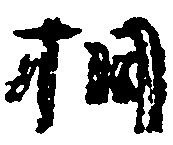
相